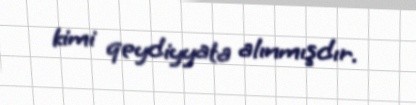
kimi qeydiyyata alınmışdır.